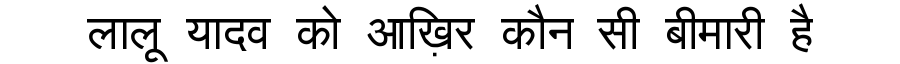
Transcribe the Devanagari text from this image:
लालू यादव को आख़िर कौन सी बीमारी है